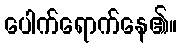
ပေါက်ရောက်နေ၏။